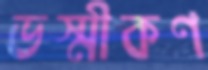
ভস্মীকণ